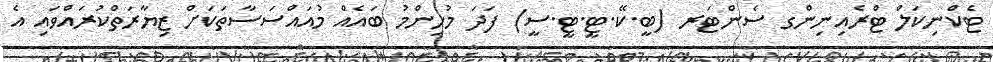
ޓެކްނިކަލް ޓްރެއިނިންގ ސެންޓަރ (ބީ.ކޭ.ޓީ.ޓީ.ސީ) ފަދަ މުހިންމު ބައެއް މުއައްސަސާތަކަށް ޒިޔާރަތްކުރައްވައި އެ